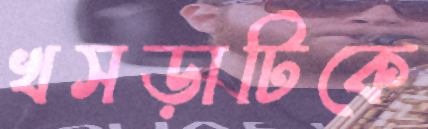
খসড়াটিকে